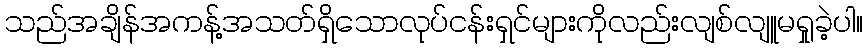
သည်အချိန်အကန့်အသတ်ရှိသောလုပ်ငန်းရှင်များကိုလည်းလျစ်လျူမရှုခဲ့ပါ။